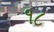
૧૮